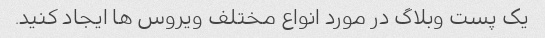
یک پست وبلاگ در مورد انواع مختلف ویروس ها ایجاد کنید.